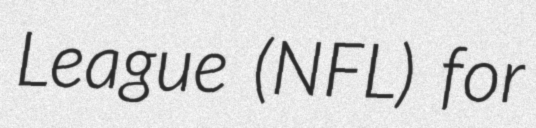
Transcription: League (NFL) for